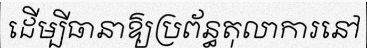
ដើម្បីធានាឱ្យប្រព័ន្ធតុលាការនៅ